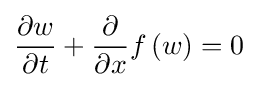
{\frac {\partial w}{\partial t}}+{\frac {\partial }{\partial x}}f\left(w\right)=0